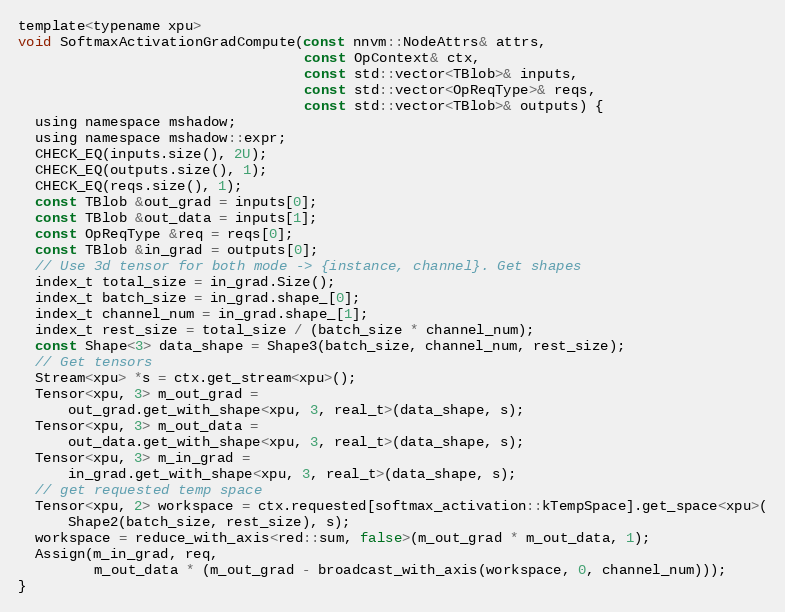
Language: C
template<typename xpu>
void SoftmaxActivationGradCompute(const nnvm::NodeAttrs& attrs,
                                  const OpContext& ctx,
                                  const std::vector<TBlob>& inputs,
                                  const std::vector<OpReqType>& reqs,
                                  const std::vector<TBlob>& outputs) {
  using namespace mshadow;
  using namespace mshadow::expr;
  CHECK_EQ(inputs.size(), 2U);
  CHECK_EQ(outputs.size(), 1);
  CHECK_EQ(reqs.size(), 1);
  const TBlob &out_grad = inputs[0];
  const TBlob &out_data = inputs[1];
  const OpReqType &req = reqs[0];
  const TBlob &in_grad = outputs[0];
  // Use 3d tensor for both mode -> {instance, channel}. Get shapes
  index_t total_size = in_grad.Size();
  index_t batch_size = in_grad.shape_[0];
  index_t channel_num = in_grad.shape_[1];
  index_t rest_size = total_size / (batch_size * channel_num);
  const Shape<3> data_shape = Shape3(batch_size, channel_num, rest_size);
  // Get tensors
  Stream<xpu> *s = ctx.get_stream<xpu>();
  Tensor<xpu, 3> m_out_grad =
      out_grad.get_with_shape<xpu, 3, real_t>(data_shape, s);
  Tensor<xpu, 3> m_out_data =
      out_data.get_with_shape<xpu, 3, real_t>(data_shape, s);
  Tensor<xpu, 3> m_in_grad =
      in_grad.get_with_shape<xpu, 3, real_t>(data_shape, s);
  // get requested temp space
  Tensor<xpu, 2> workspace = ctx.requested[softmax_activation::kTempSpace].get_space<xpu>(
      Shape2(batch_size, rest_size), s);
  workspace = reduce_with_axis<red::sum, false>(m_out_grad * m_out_data, 1);
  Assign(m_in_grad, req,
         m_out_data * (m_out_grad - broadcast_with_axis(workspace, 0, channel_num)));
}